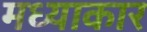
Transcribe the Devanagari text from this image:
मध्याकार